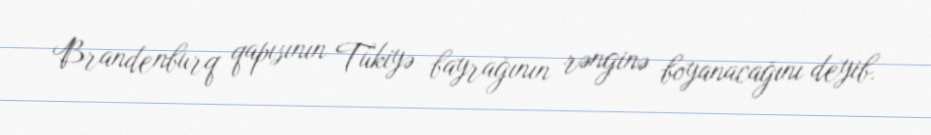
Brandenburq qapısının Tükiyə bayrağının rənginə boyanacağını deyib.